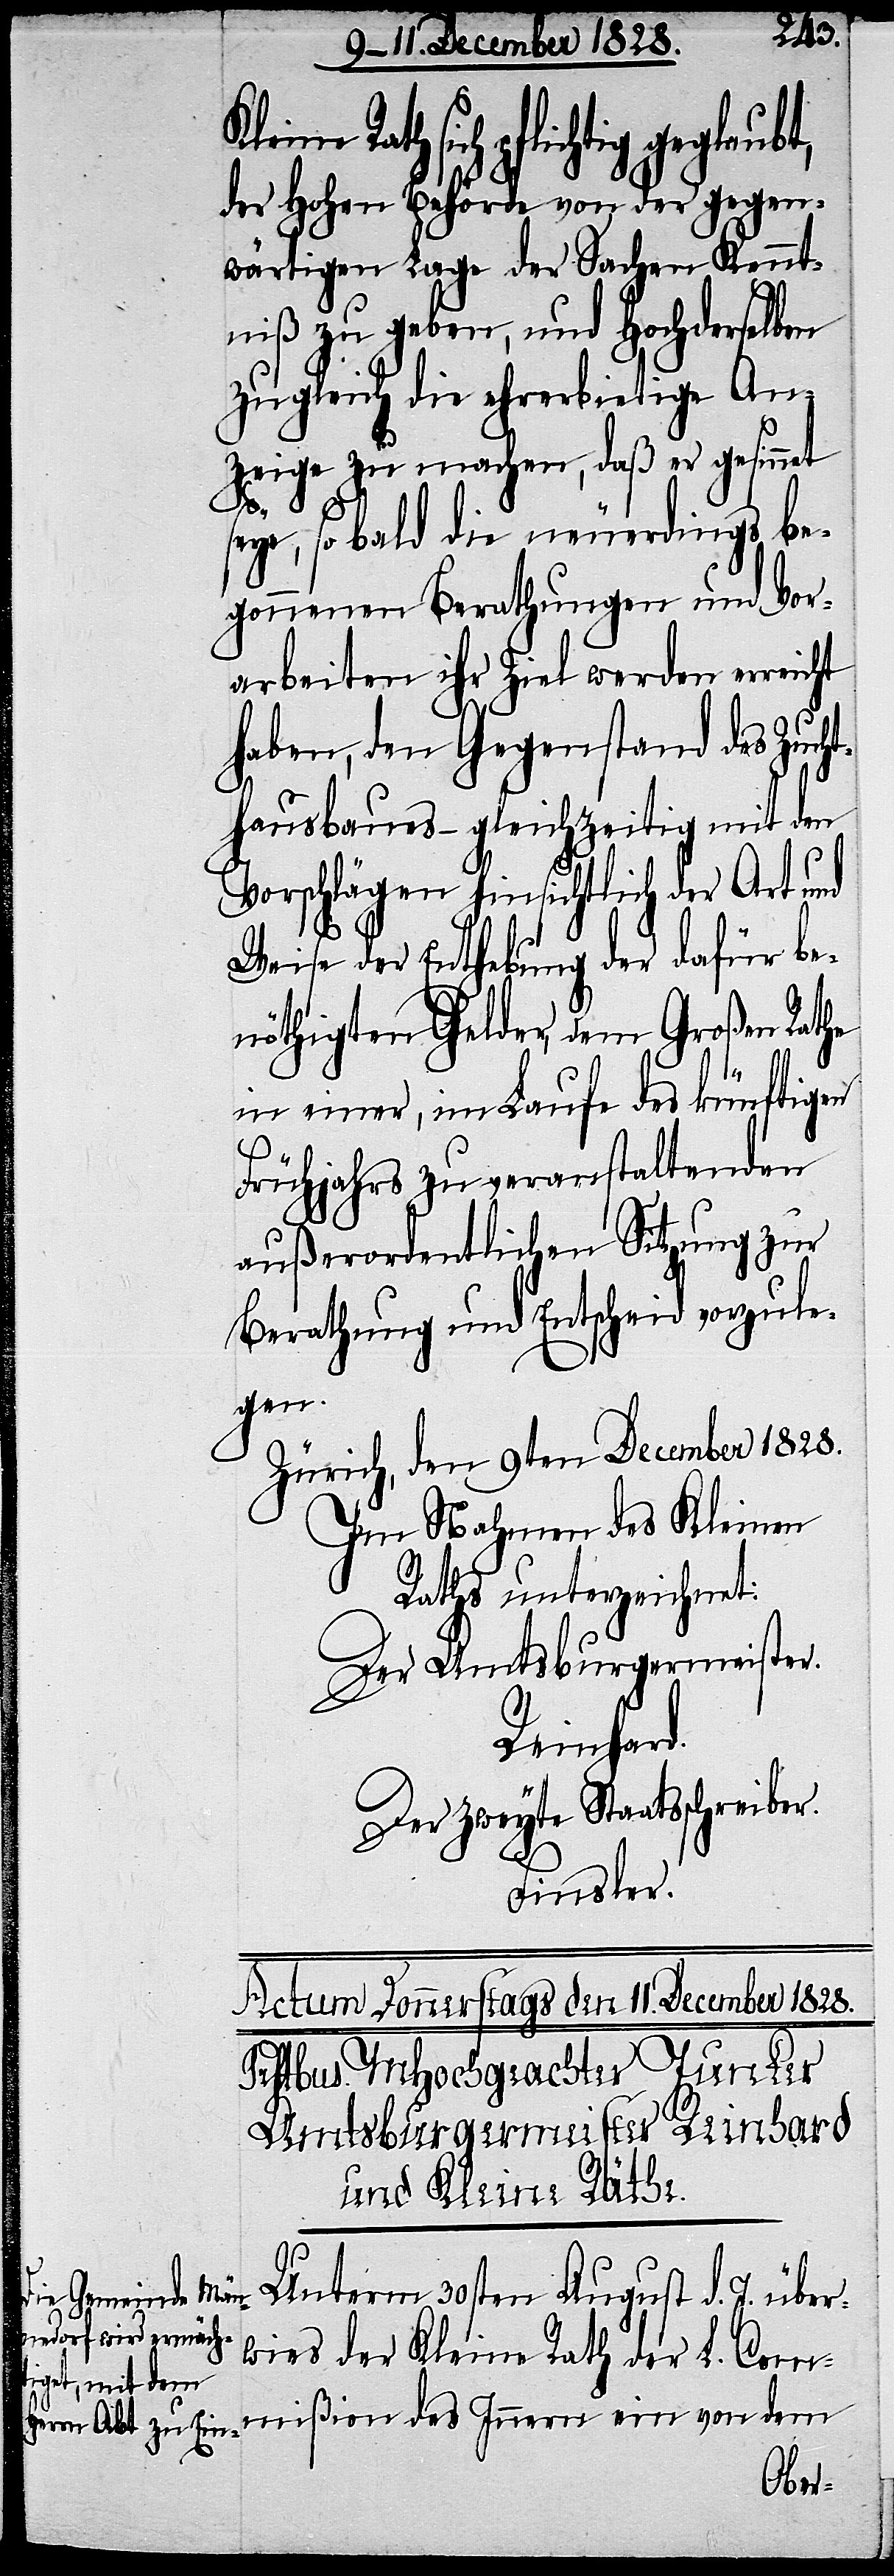
Rath sich pflichtig geglaubt,
der Hohen Behörde von der gegen¬
wärtigen Lage der Sachen Kennt¬
niß zu geben, und Hochderselben
zugleich die ehrerbietige An¬
zeige zu machen, daß er gesinnet
seye, so bald die neuerdings be¬
gonnenen Berathungen und Vor¬
arbeiten ihr Ziel werden erreicht
haben, den Gegenstand des Zuch¬
thausbaues – gleichzeitig mit den
Vorschlägen hinsichtlich der Art und
Weise der Enthebung der dafür be¬
nöthigten Gelder, dem Großen Rathe
in einer, im Laufe des künftigen
Frühjahrs zu veranstaltenden
außerordentlichen Sitzung zur
Berathung und Entscheid vorzule¬
gen.
Zürich, den 9ten December 1828.
Im Nahmen des Kleinen
Raths unterzeichnet:
Der Amtsburgermeister.
Reinhard.
Der zweyte Staatsschreiber.
Finsler.
Unterm 30sten August d. J. über¬
wies der Kleine Rath der L. Com¬
mißion des Innern ein von dem